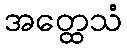
အတ္ထေသံ